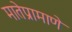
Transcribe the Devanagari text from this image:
मातेप्रामाणे